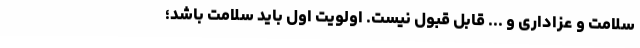
سلامت و عزاداری و ... قابل قبول نیست. اولویت اول باید سلامت باشد؛